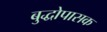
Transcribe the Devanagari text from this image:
बुद्धोपासक